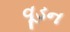
વૂડન